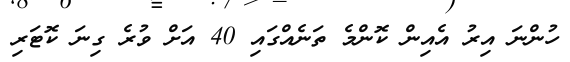
ހުންނަ އިރު އެއިން ކޮންމެ ތަނެއްގައި 40 އަށް ވުރެ ގިނަ ކޮޓަރި